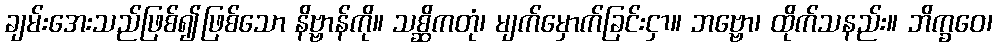
ချမ်းအေးသည်ဖြစ်၍ဖြစ်သော နိဗ္ဗာန်ကို။ သစ္ဆိကတုံ၊ မျက်မှောက်ခြင်းငှာ။ ဘဗ္ဗော၊ ထိုက်သနည်း။ ဘိက္ခဝေ၊